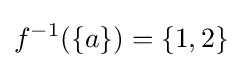
f^{-1}(\{a\})=\{1,2\}